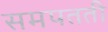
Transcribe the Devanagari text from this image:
समपतती